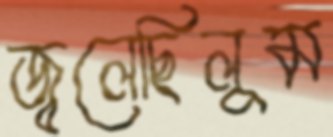
জ্বলেছিলুম